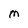
Character: M